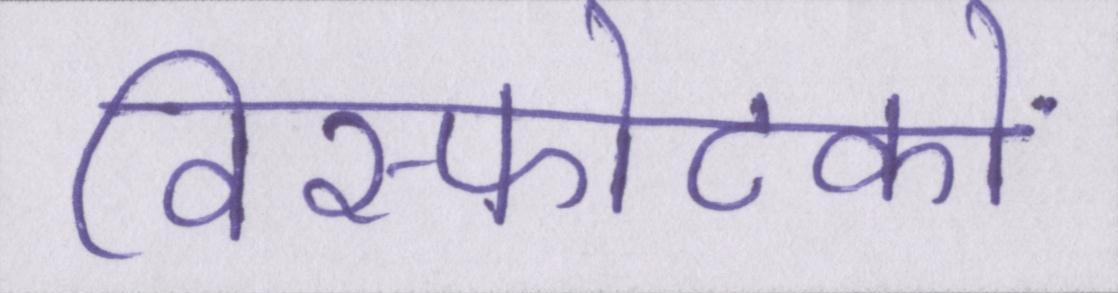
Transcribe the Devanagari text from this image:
विस्फोटकों